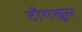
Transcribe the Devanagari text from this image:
टाँगखुल